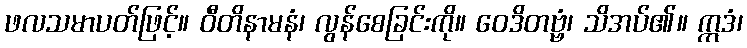
ဖလသမာပတ်ဖြင့်။ ဝီတိနာမနံ၊ လွန်စေခြင်းကို။ ဝေဒိတဗ္ဗံ၊ သိအပ်၏။ ဣဒံ၊